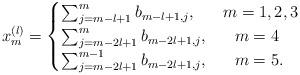
LaTeX: \begin{align*}x_m^{(l)} &= \begin{cases}\sum_{j=m-l+1}^m b_{m-l+1, j}, \ \ \; \ \ m= 1, 2, 3\\\sum_{j=m-2l+1}^m b_{m-2l+1, j}, \ \ \; \ \ m= 4 \\\sum_{j=m-2l+1}^{m-1} b_{m-2l+1, j}, \ \ \; \ \ m= 5.\end{cases}\end{align*}